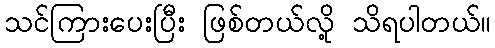
သင်ကြားပေးပြီး ဖြစ်တယ်လို့ သိရပါတယ်။